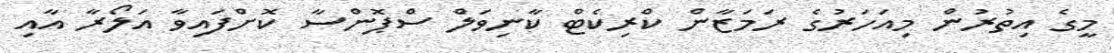
މީގެ އިތުރުން މިއަހަރުގެ ރަމަޒާން ކްރިކެޓް ކާނިވަލް ސްޕޮންސާ ކޮށްފައިވާ އަލޯރާ އާއި